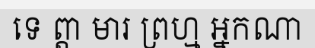
ទេ ព្តា មារ ព្រហ្ម អ្នកណា